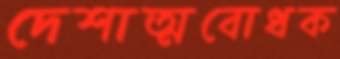
দেশাত্মবোধক